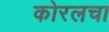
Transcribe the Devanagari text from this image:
कोरलचा